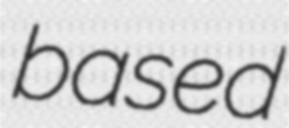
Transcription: based